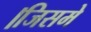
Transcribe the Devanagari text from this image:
।जिसमे